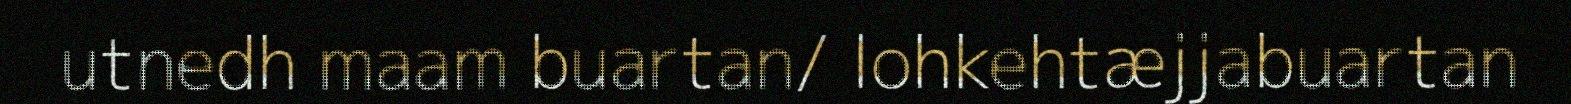
utnedh maam buartan/ lohkehtæjjabuartan